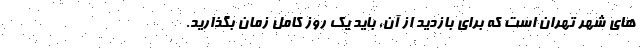
های شهر تهران است که برای بازدید از آن، باید یک روز کامل زمان بگذارید.